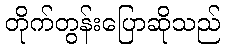
တိုက်တွန်းပြောဆိုသည်